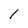
Character: 1